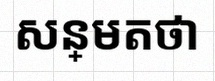
សន្មតថា x ជាចំនួនពិត